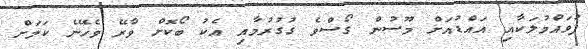
ފުވައްމުލަކާއި އައްޑުއަށް މޫސުން ގޯސްވެ ގުގުރުމާއި އެކު ބޯކޮށް ވާރޭ ވެހޭނެ ކަމަށް